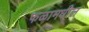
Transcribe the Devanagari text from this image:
फळामधील